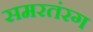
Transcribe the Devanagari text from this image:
समरतंरग